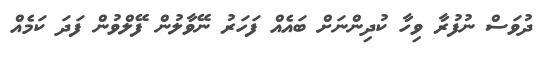
ދުވަސް ނުފުރާ ވިހާ ކުދިންނަށް ބައެއް ފަހަރު ނޭވާލުން ފޭލްވުން ފަދަ ކަމެއް